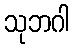
သုဘဂါ